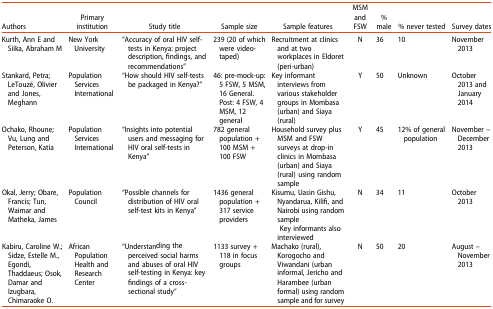
<table><thead><tr><td><b>Authors</b></td><td><b>Primary institution</b></td><td><b>Study title</b></td><td><b>Sample size</b></td><td><b>Sample features</b></td><td><b>MSM and FSW</b></td><td><b>% male</b></td><td><b>% never tested</b></td><td><b>Survey dates</b></td></tr></thead><tbody><tr><td>Kurth, Ann E and Siika, Abraham M</td><td>New York University</td><td>“Accuracy of oral HIV self-tests in Kenya: project description, findings, and recommendations”</td><td>239 (20 of which were video-taped)</td><td>Recruitment at clinics and at two workplaces in Eldoret (peri-urban)</td><td>N</td><td>36</td><td>10</td><td>November 2013</td></tr><tr><td>Stankard, Petra; LeTouzé, Olivier and Jones, Meghann</td><td>Population Services International</td><td>“How should HIV self-tests be packaged in Kenya?”</td><td>46: pre-mock-up: 5 FSW, 5 MSM, 16 General. Post: 4 FSW, 4 MSM, 12 general</td><td>Key informant interviews from various stakeholder groups in Mombasa (urban) and Siaya (rural)</td><td>Y</td><td>50</td><td>Unknown</td><td>October 2013 and January 2014</td></tr><tr><td>Ochako, Rhoune; Vu, Lung and Peterson, Katia</td><td>Population Services International</td><td>“Insights into potential users and messaging for HIV oral self-tests in Kenya”</td><td>782 general population + 100 MSM + 100 FSW</td><td>Household survey plus MSM and FSW surveys at drop-in clinics in Mombasa (urban) and Siaya (rural) using random sample</td><td>Y</td><td>45</td><td>12% of general population</td><td>November – December 2013</td></tr><tr><td>Okal, Jerry; Obare, Francis; Tun, Waimar and Matheka, James</td><td>Population Council</td><td>“Possible channels for distribution of HIV oral self-test kits in Kenya”</td><td>1436 general population + 317 service providers</td><td>Kisumu, Uasin Gishu, Nyandarua, Kilifi, and Nairobi using random sampleKey informants also interviewed</td><td>N</td><td>34</td><td>11</td><td>October 2013</td></tr><tr><td>Kabiru, Caroline W.; Sidze, Estelle M., Egondi, Thaddaeus; Osok, Damar and Izugbara, Chimaraoke O.</td><td>African Population Health and Research Center</td><td>“Understanding the perceived social harms and abuses of oral HIV self-testing in Kenya: key findings of a cross-sectional study”</td><td>1133 survey + 118 in focus groups</td><td>Machako (rural), Korogocho and Viwandani (urban informal, Jericho and Harambee (urban formal) using random sample and for survey</td><td>N</td><td>50</td><td>20</td><td>August – November 2013</td></tr></tbody></table>